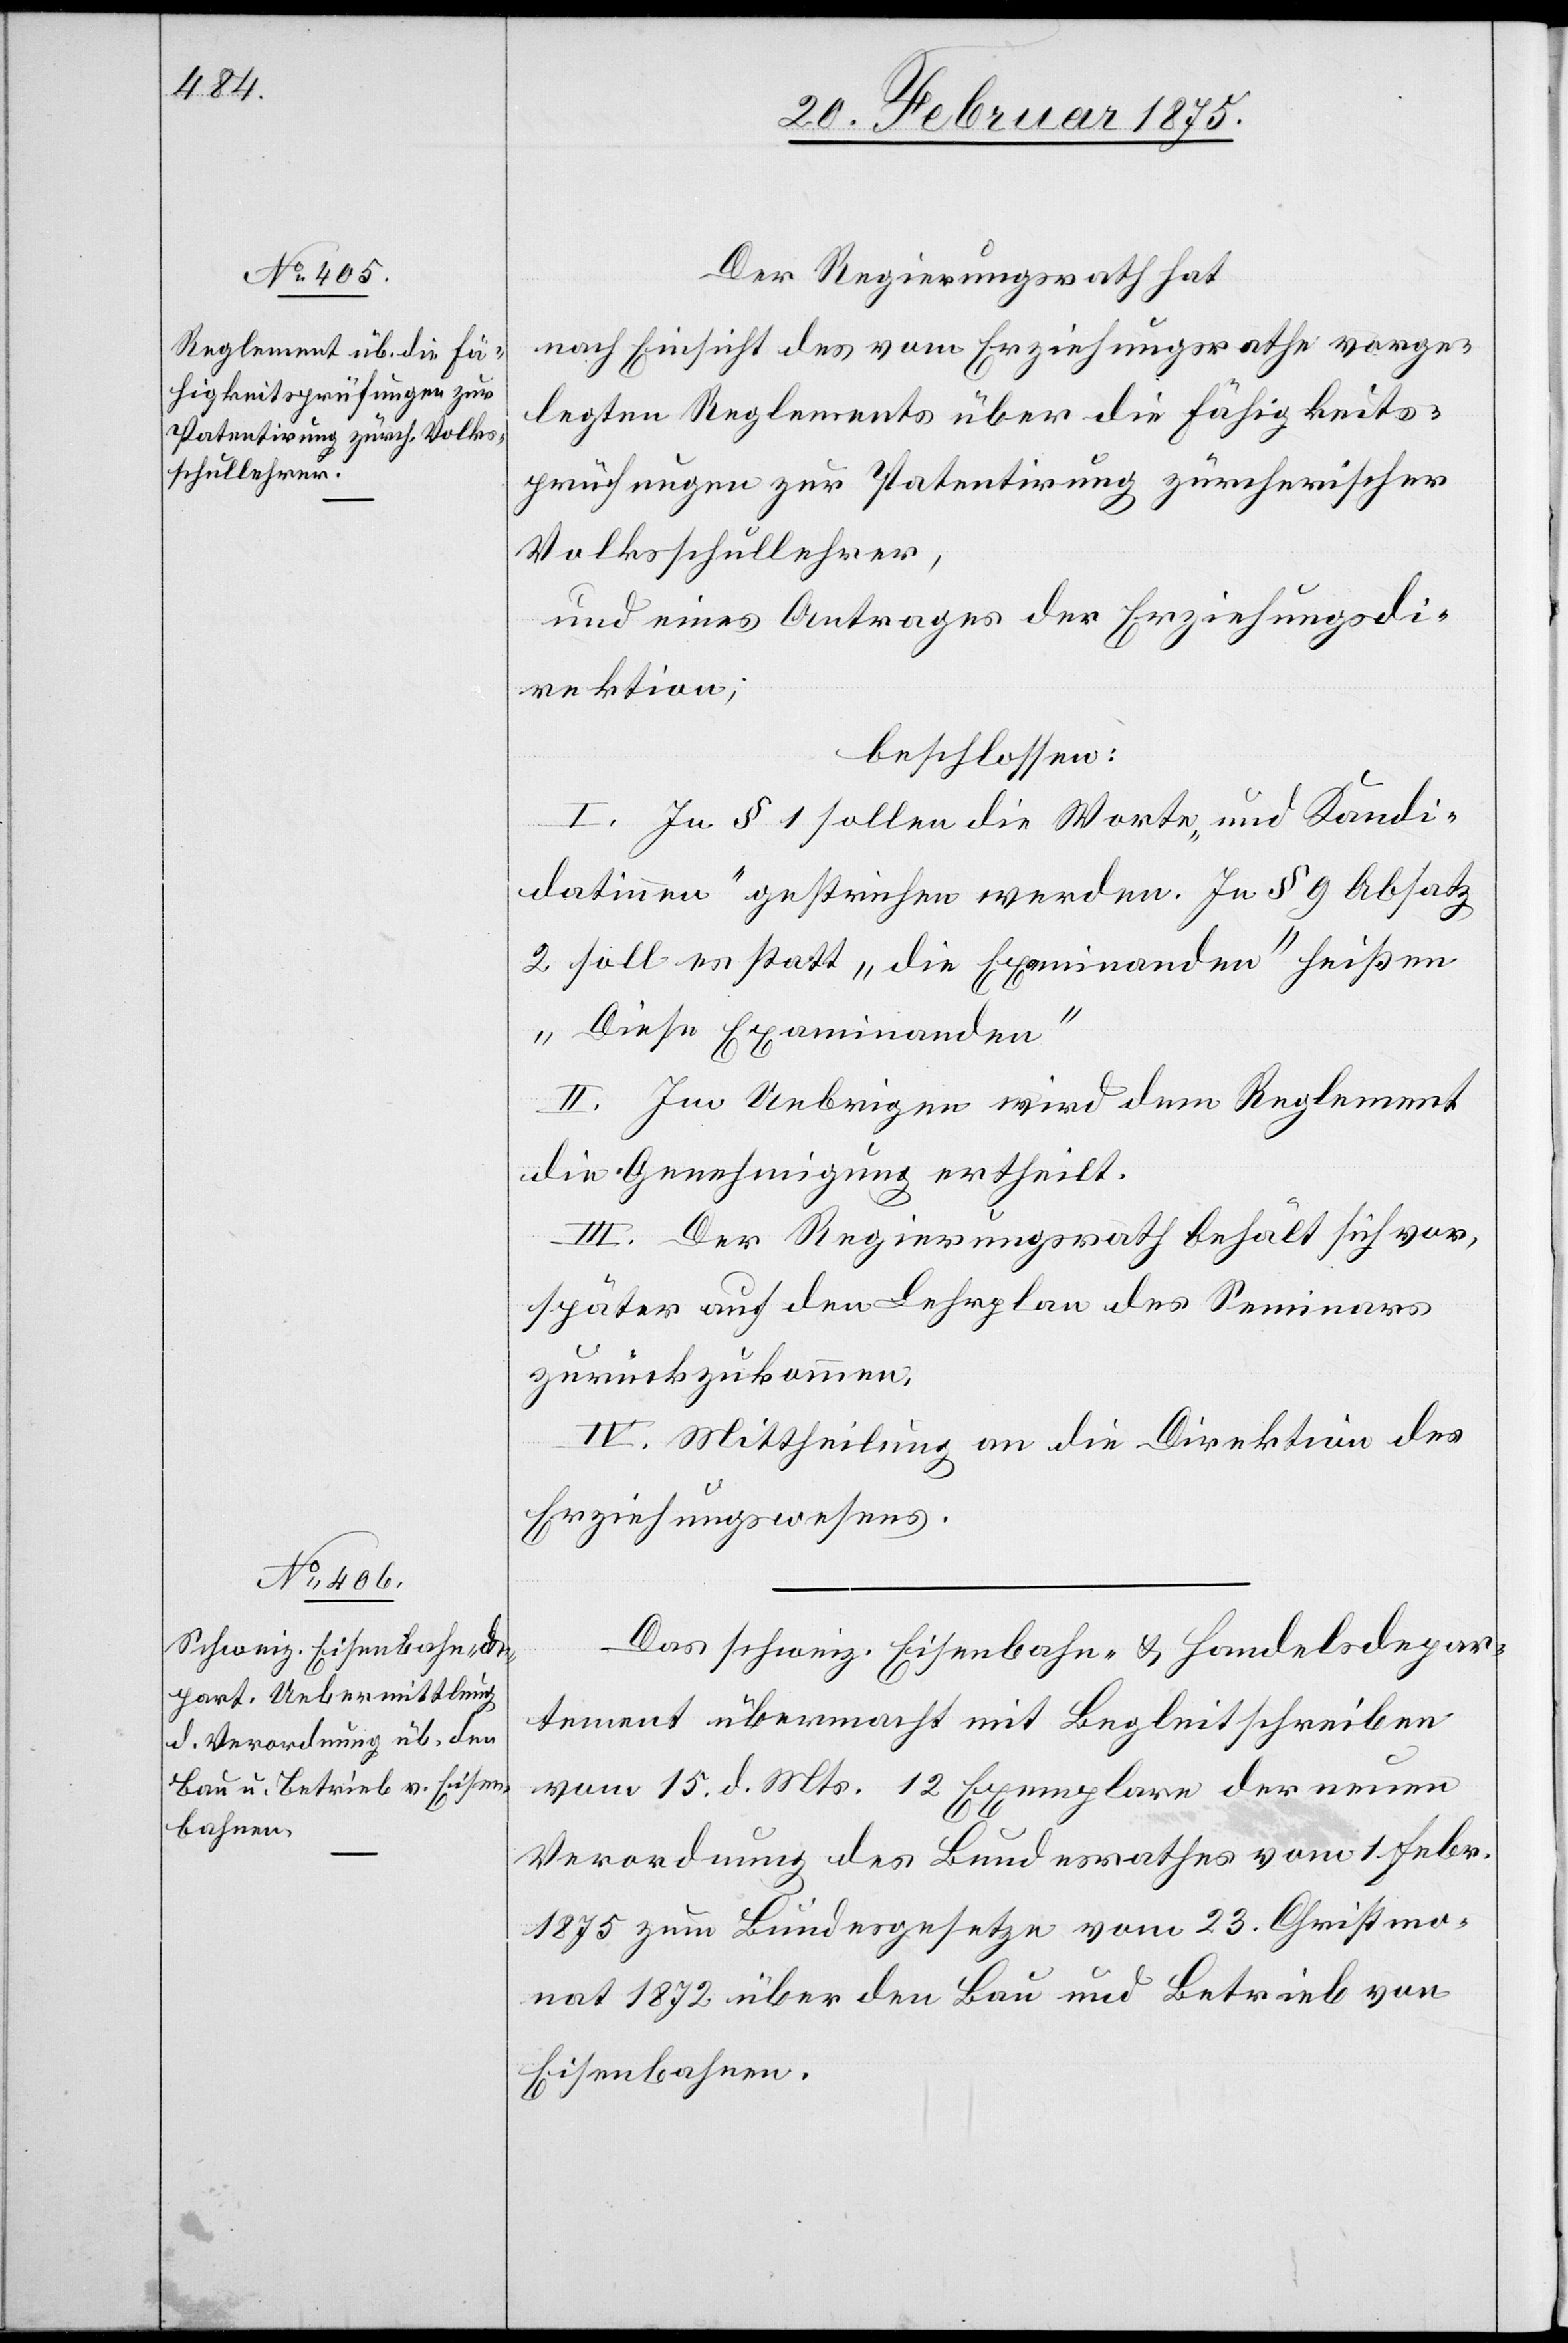
Der Regierungsrath hat
nach Einsicht des vom Erziehungsrathe vorge¬
legten Reglements über die Fähigkeits¬
prüfungen zur Patentirung zürcherischer
Volksschullehrer,
und eines Antrages der Erziehungsdi¬
rektion,
beschlossen:
I. In § 1 sollen die Worte „und Kandi¬
datinnen“ gestrichen werden. In § 9 Absatz
2 soll es statt „die Examinanden“ heißen
„Diese Examinanden“
II. Im Uebrigen wird dem Reglement
die Genehmigung ertheilt.
III. Der Regierungsrath behält sich vor,
später auf den Lehrplan des Seminars
zurückzukommen,
IV. Mittheilung an die Direktion des
Erziehungswesens.
Das schweiz. Eisenbahn- u. Handelsdepar¬
tement übermacht mit Begleitschreiben
vom 15. d. Mts. 12 Exemplare der neuen
Verordnung des Bundesrathes vom 1. Febr.
1875 zum Bundesgesetze vom 23. Christmo¬
nat 1872 über den Bau und Betrieb von
Eisenbahnen.